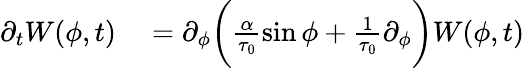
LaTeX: \begin{array}{rl}{\partial_{t}W(\phi,t)}&{{}=\partial_{\phi}\biggl(\frac{\alpha}{\tau_{0}}\sin\phi+\frac{1}{\tau_{0}}\partial_{\phi}\biggr)W(\phi,t)}\end{array}